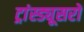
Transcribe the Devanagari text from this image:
ट्रांस्ड्यूसरों